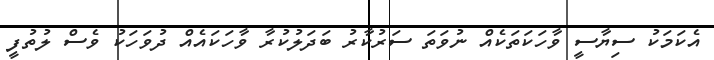
އެކަމަކު ސިޔާސީ ވާހަކަތަކެއް ނުވަތަ ސަރުކާރު ބަދަލުކުރާ ވާހަކައެއް ދުވަހަކު ވެސް ލުތުފީ